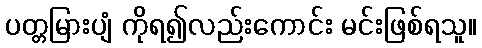
ပတ္တမြားပျံ ကိုရ၍လည်းကောင်း မင်းဖြစ်ရသူ။